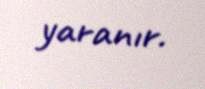
yaranır.